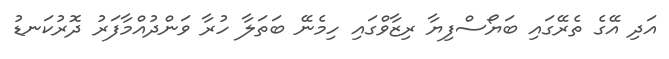
އަދި އޭގެ ތެރޭގައި ބަޔޯސްފިޔާ ރިޒާވްގައި ހިމެނޭ ބަތަލާ ހުރާ ވަންދުއްމާފަރު ދޮރުކަނޑު